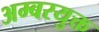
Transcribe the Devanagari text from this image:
अम्बरयुक्त